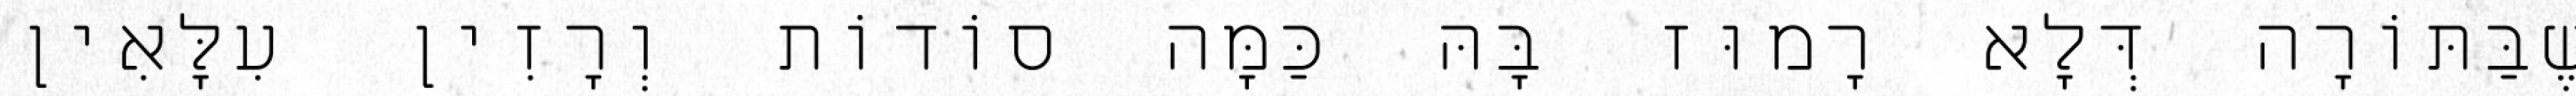
שֶׁבַּתּוֹרָה דְּלָא רָמוּז בָּהּ כַּמָּה סוֹדוֹת וְרָזִין עִלָּאִין